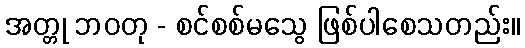
အတ္တု ဘဝတု - စင်စစ်မသွေ ဖြစ်ပါစေသတည်း။